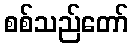
စစ်သည်တော်